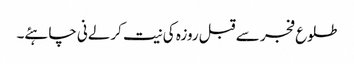
طلوع فجر سے قبل روزہ کی نیت کرلےنی چاہئے۔